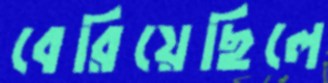
বেরিয়েছিলে